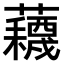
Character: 𫊕